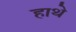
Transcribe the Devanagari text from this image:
हाथे